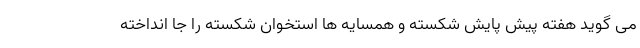
می گوید هفته پیش پایش شکسته و همسایه ها استخوان شکسته را جا انداخته